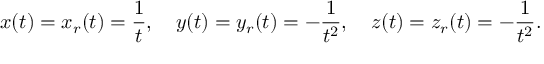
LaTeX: x ( t ) = x _ { r } ( t ) = { \frac { 1 } { t } } , \quad y ( t ) = y _ { r } ( t ) = - { \frac { 1 } { t ^ { 2 } } } , \quad z ( t ) = z _ { r } ( t ) = - { \frac { 1 } { t ^ { 2 } } } .